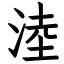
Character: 淕